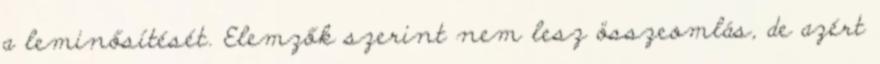
a leminősítését. Elemzők szerint nem lesz összeomlás, de azért